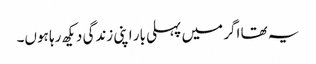
یہ تھا اگر میں پہلی بار اپنی زندگی دیکھ رہا ہوں۔